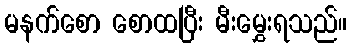
မနက်စော စောထပြီး မီးမွှေးရသည်။